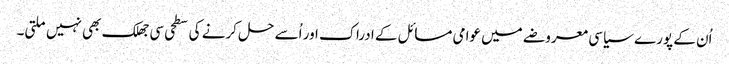
اُن کے پورے سیاسی معروضے میں عوامی مسائل کے ادراک اور اُسے حل کرنے کی سطحی سی جھلک بھی نہیں ملتی۔